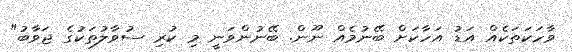
ވާހަކަތަކެއް އަޑު އަހާކަށް ބޭނުމެއް ނޫން. ބޭނުންވަނީ މި ކުރި ސުވާލުތަކުގެ ޖަވާބު"